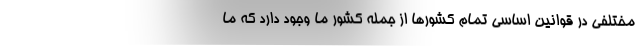
مختلفی در قوانین اساسی تمام کشورها از جمله کشور ما وجود دارد که ما